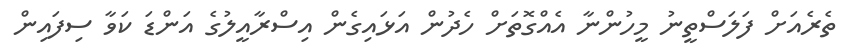
ތެރެއަށް ފަލަސްތީނު މީހުންނާ އެއްގޮތަށް ހެދުން އަޅައިގެން އިސްރާއީލުގެ އަންޑަ ކަވާ ސިފައިން